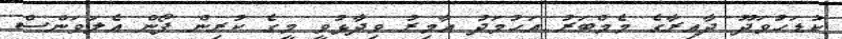
ކުޑަހުވަދޫ ދާއިރާގެ މެމްބަރު އަހުމަދު އާމިރު ވިދާޅުވީ މީގެ ކުރިން ފޯން އެލަވަންސް